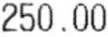
250.00